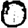
Digit: 0